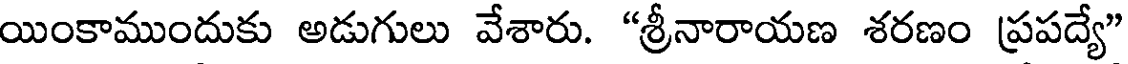
యింకాముందుకు అడుగులు వేశారు. "శ్రీనారాయణ శరణం ప్రపద్యే"